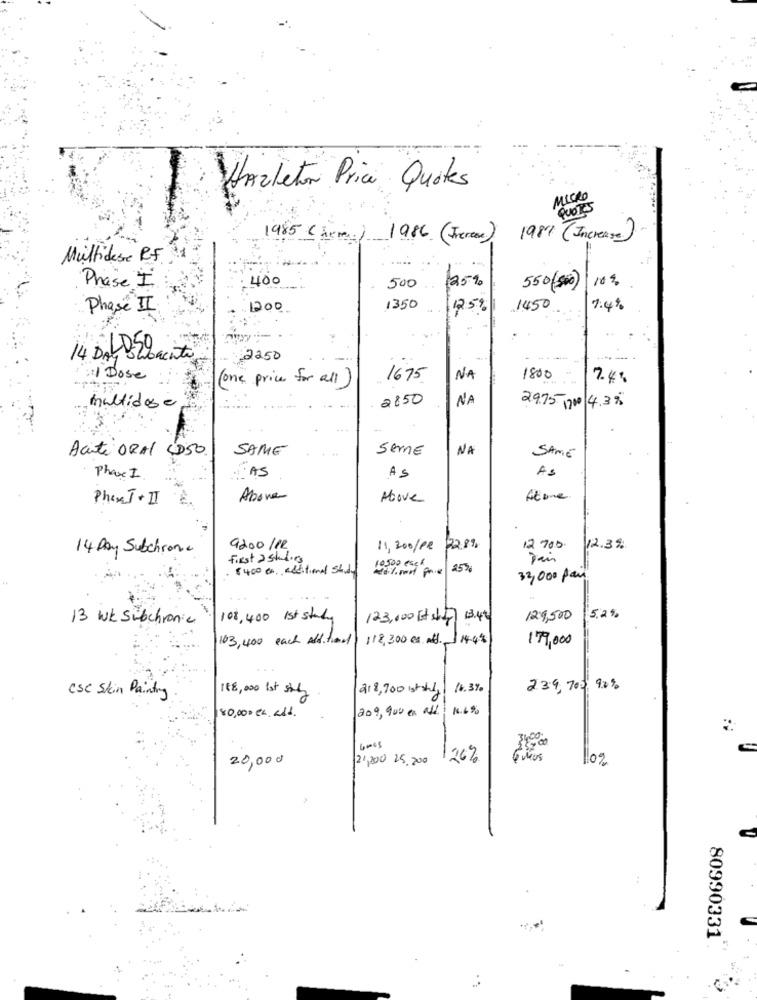
Hazleton Price Quotes
MICRO
QUOTES
1985 Chrm) 1986 (Trenese)
1987 ( Increase)
=
Multidese R. F.
400
25%
10%
Phase I
500
550 (500)
Phase II
1200
1350
125%
1450
7.4%
14 DAY -20
£2250
-----
Dose
1675
NA
1800
7.4%
(one price for all)
2850
NA
multidose
29.75 1700 4.3%
SAME
SemE
NA
Acute ORAL LD50.
SAME
AS
AS
Phase I.
AS
Phone I+II
Abone
Above
Atone
14 Day Subchronic
9200 /12
11,200/PR 22.8%
12 700
12.3%
First a studies
8400 0 additional study
10500 esc/
253
32,000 pan
13 WK Subchronic
108,400 Ist study
123,000 Et slip
129,500 5.2%
103,400 each additional
118,300 er at. 114.48
179,000
188,000 lot sily
218,700 stately
4.3%
239, 700 9.2%
Csc Skin Painting
209, 900 cm all: 1.69
80,000 en . alt.
20,000
21,200 25.200
126%
80990331